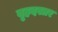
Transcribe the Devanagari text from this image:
वृहदस्तर